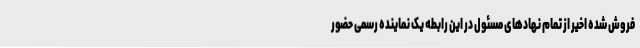
فروش شده اخیر از تمام نهادهای مسئول در این رابطه یک نماینده رسمی حضور